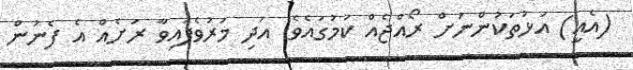
(އެއީ) އަޅުތަކުންނަށް ރޯއްޖެއް ކަމުގައެވެ. އަދި މަރުވެފައިވާ ރަށެއް އެ ފެނުން